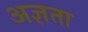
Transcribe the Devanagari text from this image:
अज्ञता